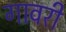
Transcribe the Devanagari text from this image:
गावरी